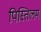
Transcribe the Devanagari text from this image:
पिस्तिलम